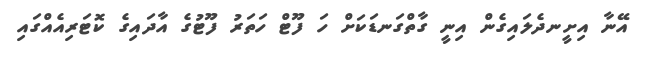
އޭނާ އިށީނދެލައިގެން އިނީ ގާތްގަނޑަކަށް ހަ ފޫޓް ހަތަރު ފޫޓުގެ އާދައިގެ ކޮޓަރިއެއްގައި